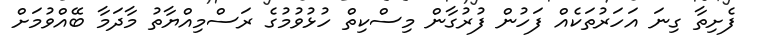
ފެށިތާ ގިނަ އަހަރުތަކެއް ފަހުން ފުރުގާން މިސްކިތް ހުޅުވުމުގެ ރަސްމިއްޔާތު މާދަމާ ބޭއްވުމަށް